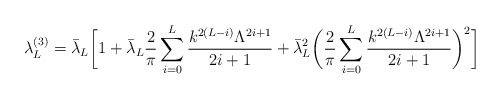
\begin{align*}\lambda_L^{(3)} = \bar\lambda_L \biggr[1+ \bar\lambda_L \frac{2}{\pi} \sum_{i=0}^L\frac{k^{2(L-i)}\Lambda^{2i+1}}{2i+1}+\bar\lambda_L^2 \biggr( \frac{2}{\pi} \sum_{i=0}^L\frac{k^{2(L-i)}\Lambda^{2i+1}}{2i+1}\biggr)^2 \biggr] \end{align*}